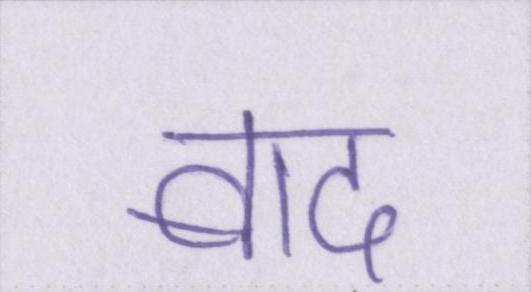
बाद